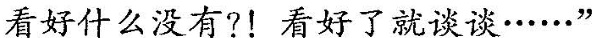
看好什么没有?!看好了就谈谈······”